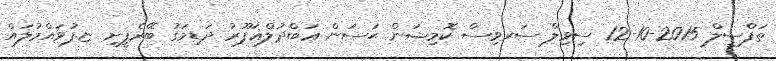
ތަފްސީލް 2015-10-12 ސިވިލް ސަރވިސް ކޮމިޝަން ޙަސަން ޢަބްދުލްޣަފޫރު ދަޑިމަގު ބޭރެފީށި ޏ.ފުވައްމުލައް